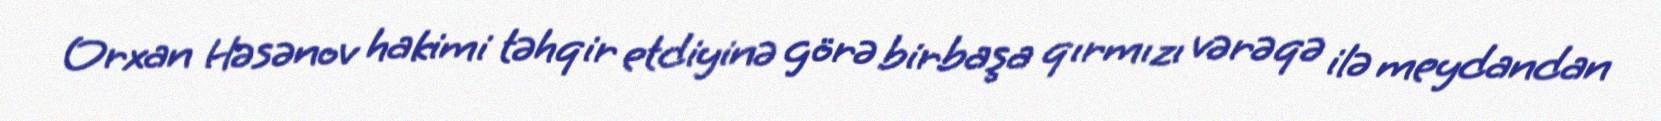
Orxan Həsənov hakimi təhqir etdiyinə görə birbaşa qırmızı vərəqə ilə meydandan